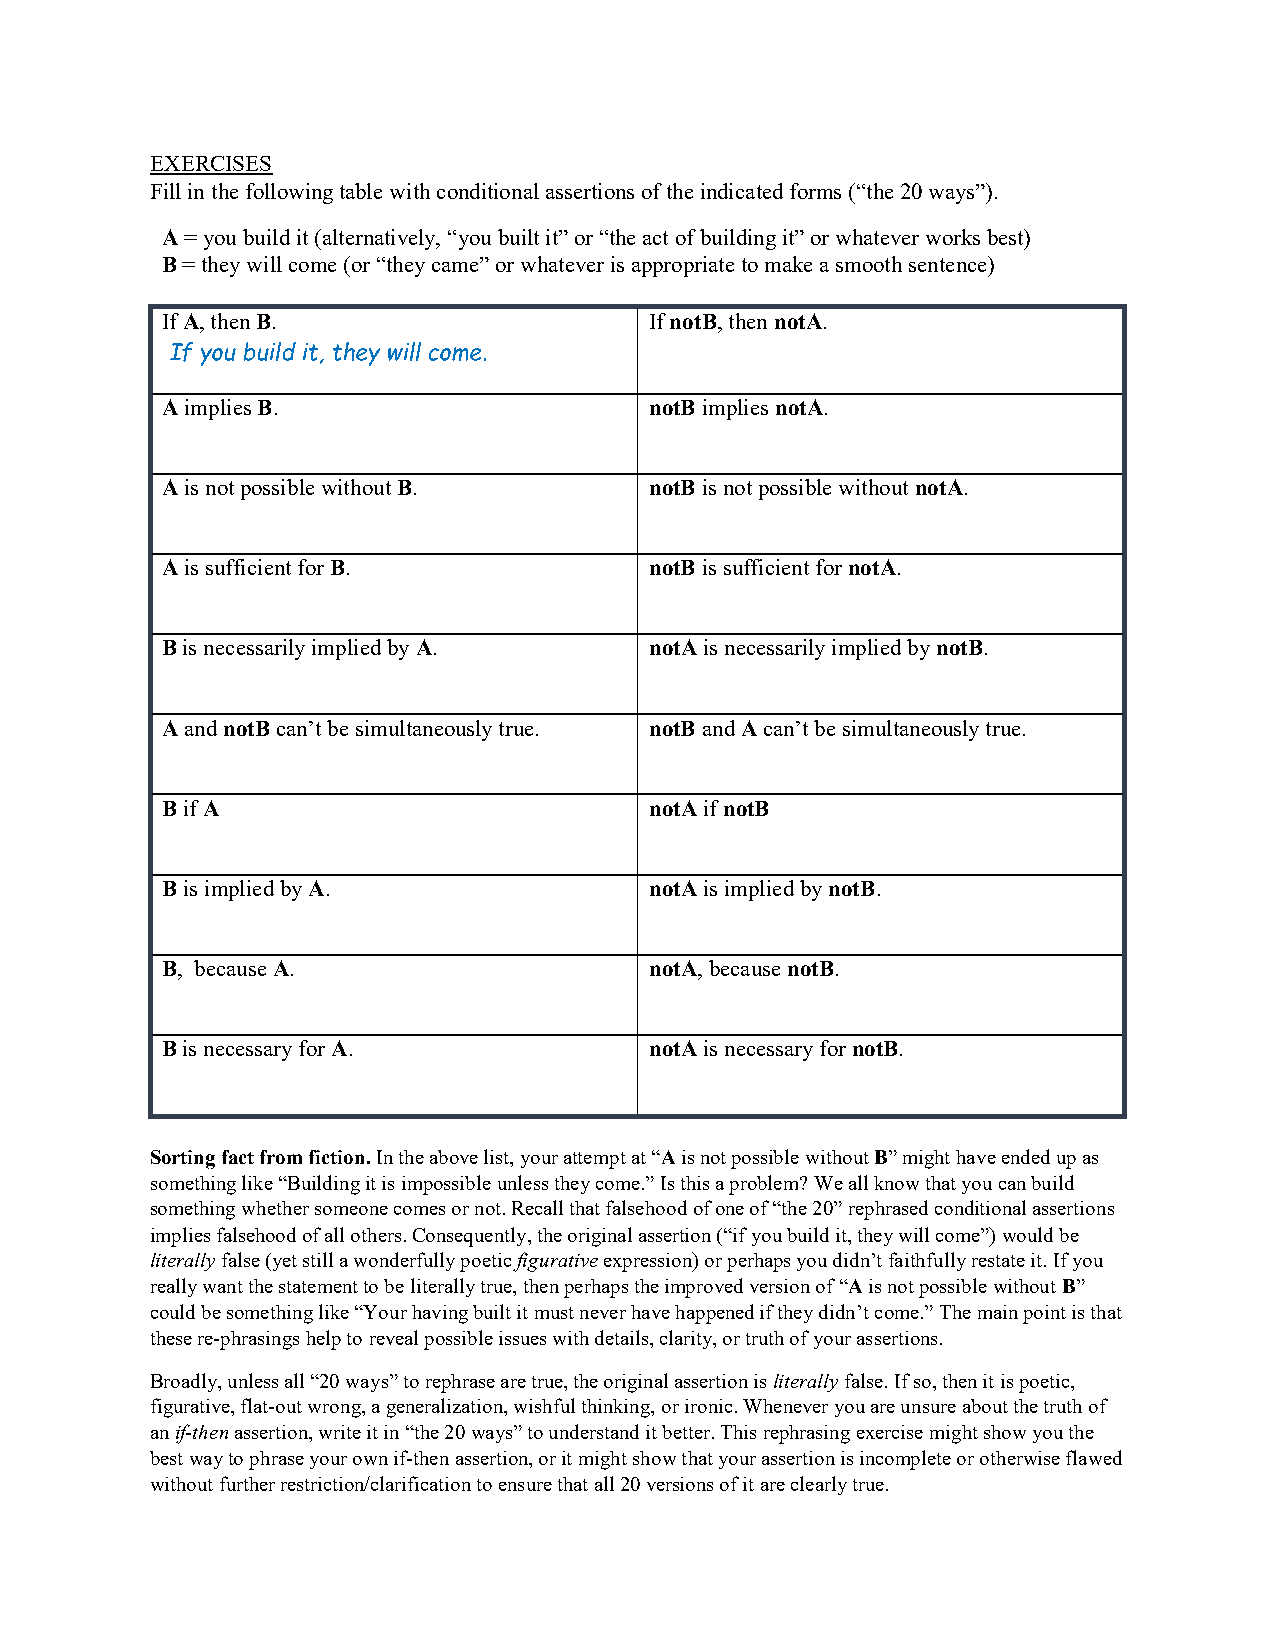
EXERCISES
 Fill in the following table with conditional assertions of the indicated forms (“the 20 ways”).
 A = you build it (alternatively, “you built it” or “the act of building it” or whatever works best)
 B = they will come (or “they came” or whatever is appropriate to make a smooth sentence)
 If A, then B.                   If notB, then notA.
 If you build it, they will come.
 A implies B.                    notB implies notA.
 A is not possible without B.    notB is not possible without notA.
 A is sufficient for B.          notB is sufficient for notA.
 B is necessarily implied by A.  notA is necessarily implied by notB.
 A and notB can’t be simultaneously true. notB and A can’t be simultaneously true.
 B if A                          notA if notB
 B is implied by A.              notA is implied by notB.
 B, because A.                   notA, because notB.
 B is necessary for A.           notA is necessary for notB.
 Sorting fact from fiction. In the above list, your attempt at “A is not possible without B” might have ended up as
 something like “Building it is impossible unless they come.” Is this a problem? We all know that you can build
 something whether someone comes or not. Recall that falsehood of one of “the 20” rephrased conditional assertions
 implies falsehood of all others. Consequently, the original assertion (“if you build it, they will come”) would be
 literally false (yet still a wonderfully poetic figurative expression) or perhaps you didn’t faithfully restate it. If you
 really want the statement to be literally true, then perhaps the improved version of “A is not possible without B”
 could be something like “Your having built it must never have happened if they didn’t come.” The main point is that
 these re-phrasings help to reveal possible issues with details, clarity, or truth of your assertions.
 Broadly, unless all “20 ways” to rephrase are true, the original assertion is literally false. If so, then it is poetic,
 figurative, flat-out wrong, a generalization, wishful thinking, or ironic. Whenever you are unsure about the truth of
 an if-then assertion, write it in “the 20 ways” to understand it better. This rephrasing exercise might show you the
 best way to phrase your own if-then assertion, or it might show that your assertion is incomplete or otherwise flawed
 without further restriction/clarification to ensure that all 20 versions of it are clearly true.